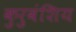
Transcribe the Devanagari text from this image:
कुरुवंशिय